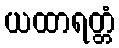
ယထာရတ္တံ